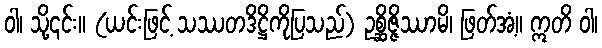
ဝါ၊ သို့၎င်း။ (ယင်းဖြင့် သဿတဒိဋ္ဌိကိုပြသည်) ဥစ္ဆိဇ္ဇိဿာမိ၊ ဖြတ်အံ့။ ဣတိ ဝါ၊